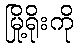
မြို့ရိုးကို